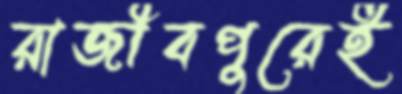
রাজীবপুরেই